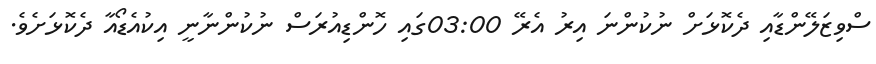
ސްވިޒަލޭންޑާއި ދެކޮޅަށް ނުކުންނަ އިރު އެރޭ 03:00ގައި ހޮންޑިއުރަސް ނުކުންނާނީ އިކުއެޑޯއާ ދެކޮޅަށެވެ.